Preliminary report on an investigation into the etiology of Oriental sore in Cambay - Number 50
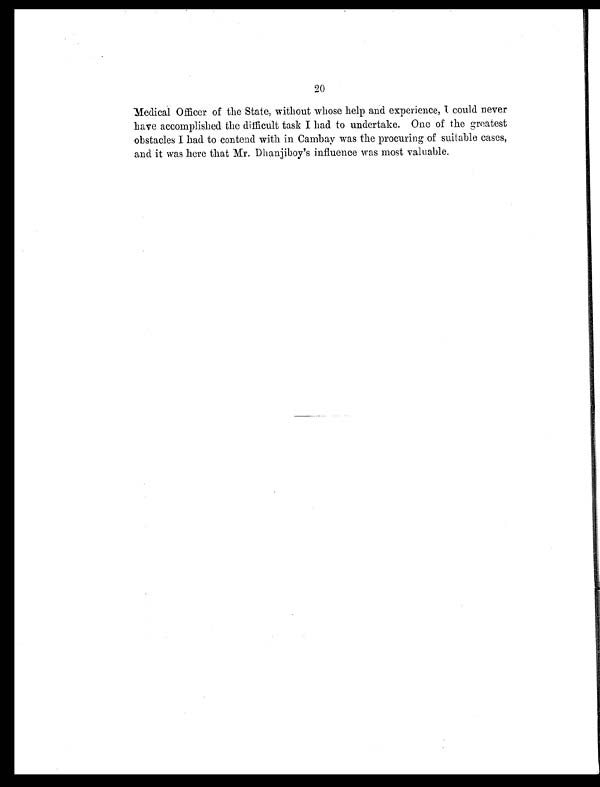
20
Medical Officer of the State, without whose help and experience, I could never
have accomplished the difficult task I had to undertake. One of the greatest
obstacles I had to contend with in Cambay was the procuring of suitable cases,
and it was here that Mr. Dhanjiboy's influence was most valuable.